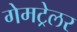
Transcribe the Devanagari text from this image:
गेमट्रेलर